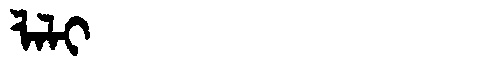
Manchu: ᠯᠠᠯᡳ
Romanization: LALI